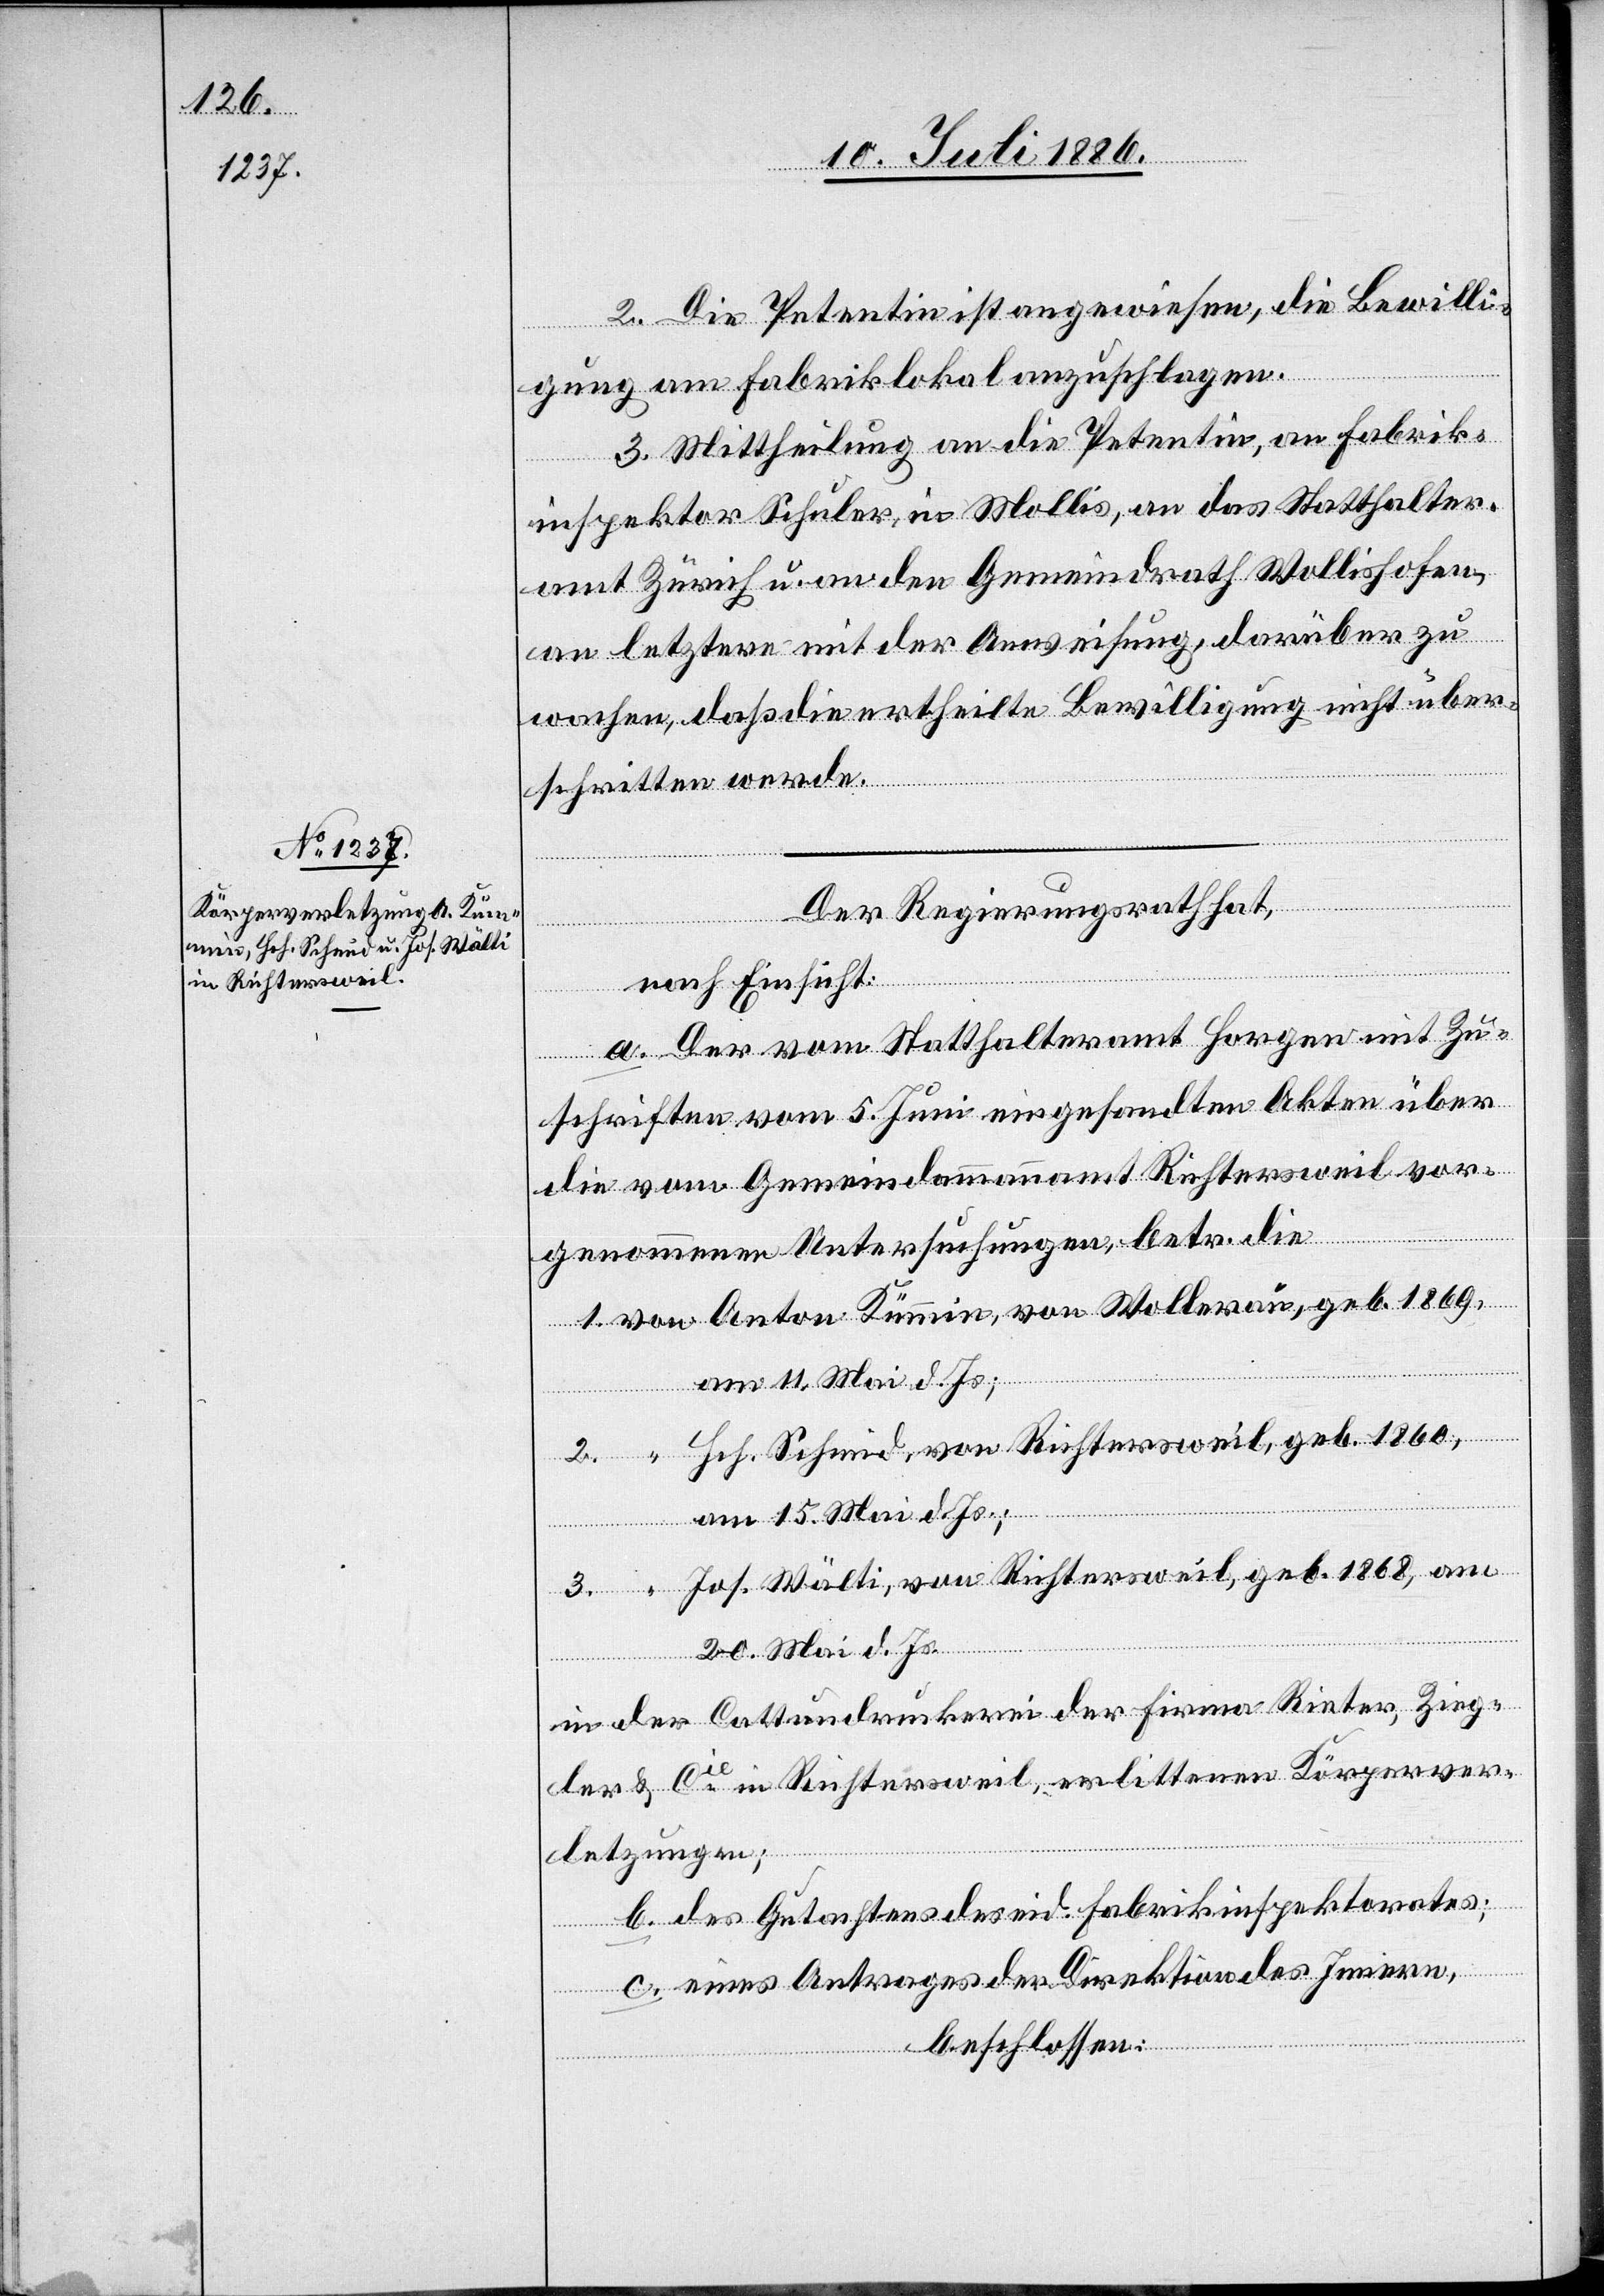
1869,

2. Die Petentin ist angewiesen, die Bewilli¬
“
gung am Fabriklokal anzuschlagen.
3. Mittheilung an die Petentin, an Fabrik¬
inspektor Schuler, in Mollis, an das Statthalter¬
amt Zürich u. an den Gemeindrath Wollishofen
an letztere mit der Anweisung, darüber zu
wachen, daß die ertheilte Bewilligung nicht über¬
geb.
schritten werde.
Anton
Der Regierungsrath hat,
nach Einsicht:
a. Der vom Statthalteramt Horgen mit Zu¬
schriften vom 5. Juni eingesandten Akten über
die vom Gemeindammannamt Richtersweil vor¬
genommenen Untersuchungen, betr. die
am 11. Mai d. Js.;
Hch. Schmid, von Richtersweil, geb. 1860,
am 15. Mai d. Js.;
Jos. Wälti, von Richtersweil, geb. 1868, am
20. Mai d. Js.
in der Cattundruckerei der Firma Rieter, Zieg¬
ler & Cie in Richtersweil, erlittenen Körperver¬
letzungen;
b. des Gutachtens des eid. Fabrikinspektorates;
c. eines Antrages der Direktion des Innern,
beschlossen:

von